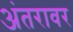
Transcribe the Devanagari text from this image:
अंतरावर